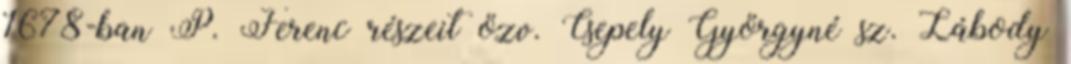
1678-ban P. Ferenc részeit özv. Csepely Györgyné sz. Lábody